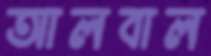
আলবাল